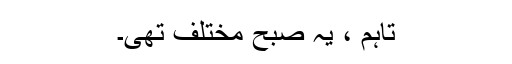
تاہم ، یہ صبح مختلف تھی۔